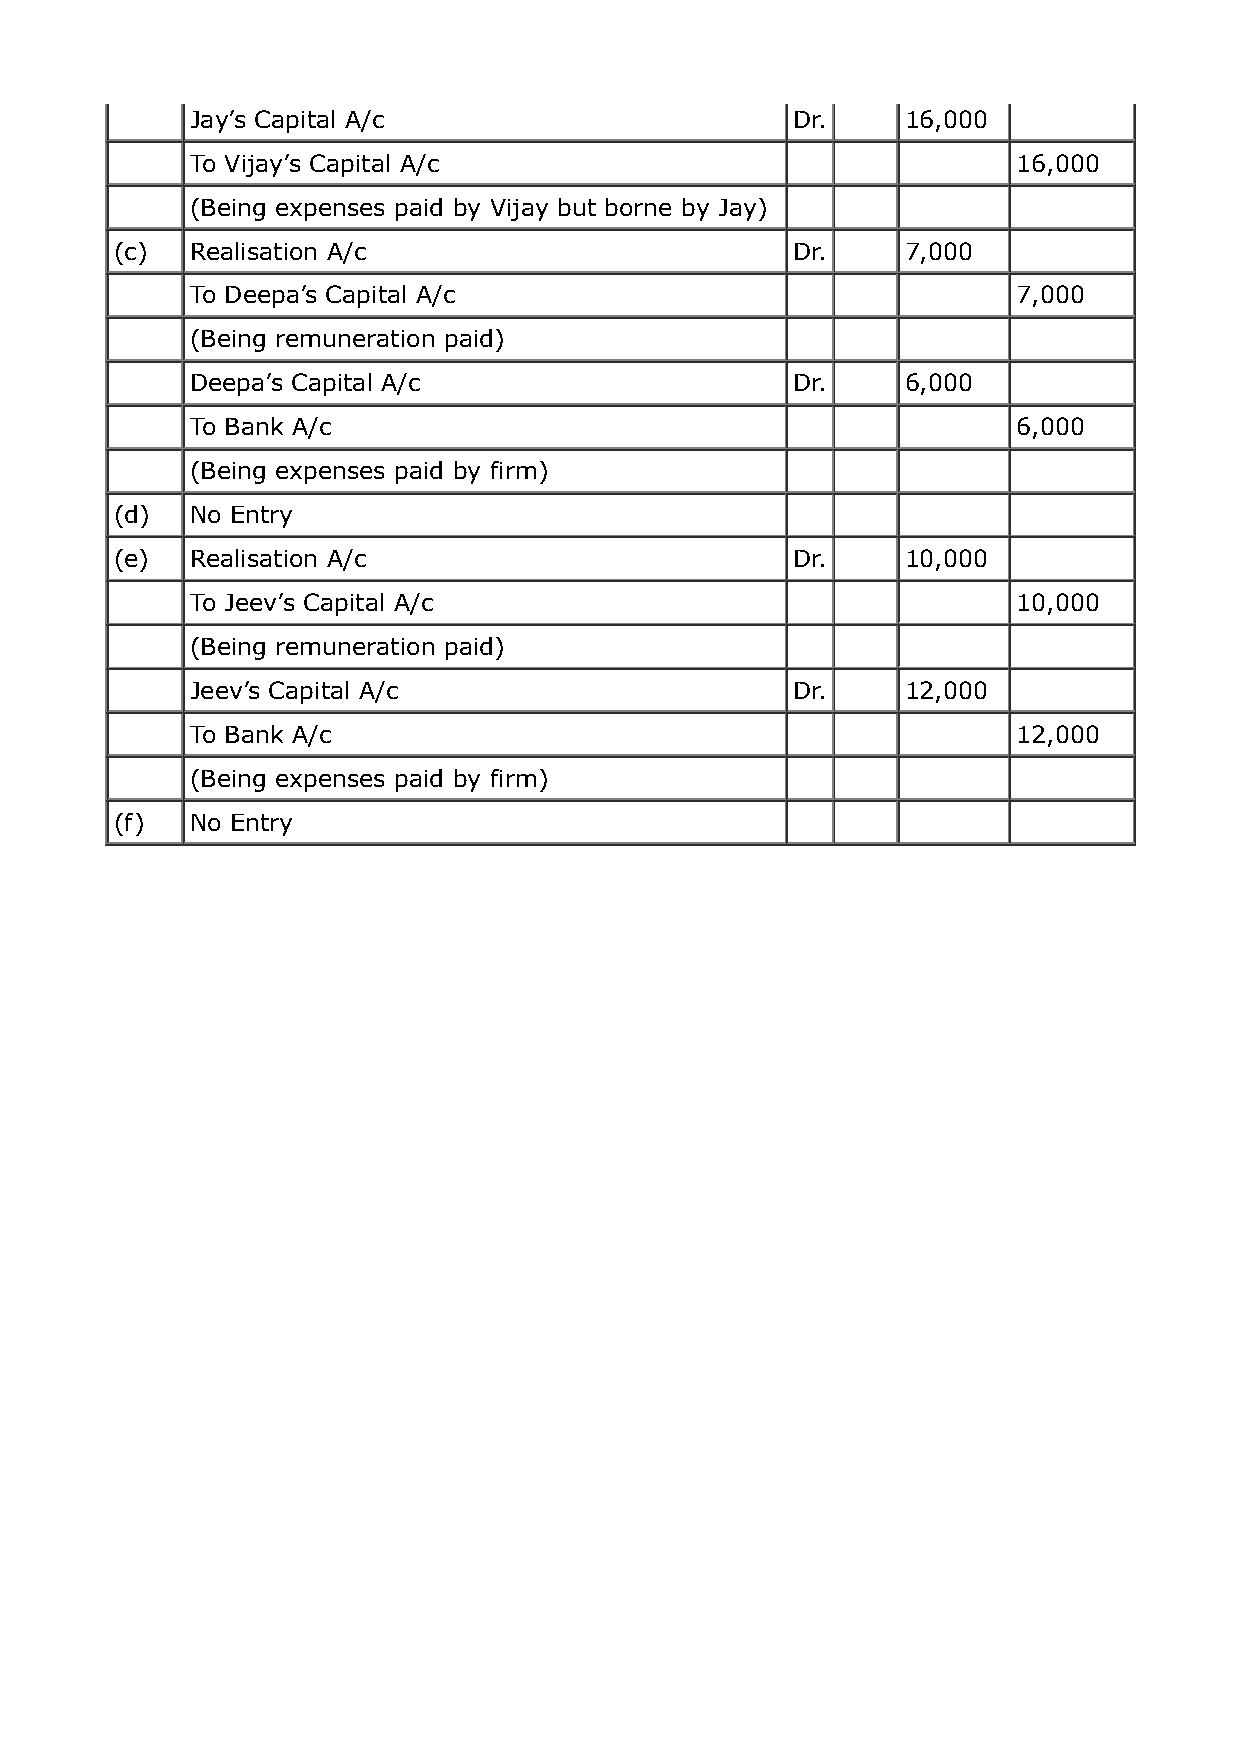
Jay’s Capital A/c                      Dr.     16,000
 To Vijay’s Capital A/c                                16,000
 (Being expenses paid by Vijay but borne by Jay)
 (c)  Realisation A/c                        Dr.     7,000
 To Deepa’s Capital A/c                                7,000
 (Being remuneration paid)
 Deepa’s Capital A/c                    Dr.     6,000
 To Bank A/c                                           6,000
 (Being expenses paid by firm)
 (d)  No Entry
 (e)  Realisation A/c                        Dr.     10,000
 To Jeev’s Capital A/c                                 10,000
 (Being remuneration paid)
 Jeev’s Capital A/c                     Dr.     12,000
 To Bank A/c                                           12,000
 (Being expenses paid by firm)
 (f)  No Entry